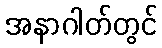
အနာဂါတ်တွင်